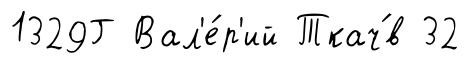
1329Г Вал'е́р'ий Ткач́в 32